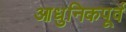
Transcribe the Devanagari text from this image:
आधुनिकपूर्व